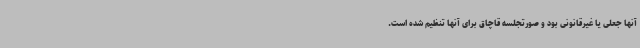
آنها جعلی یا غیرقانونی بود و صورتجلسه قاچاق برای آنها تنظیم شده است.